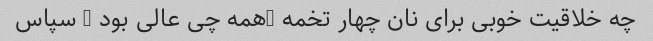
چه خلاقیت خوبی برای نان چهار تخمه …همه چی عالی بود … سپاس